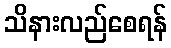
သိနားလည်စေရန်